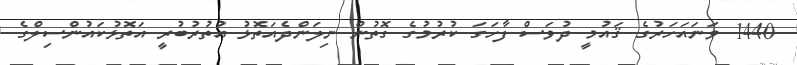
1440 ވަނައަހަރުގެ ޤައުމީ ދުވަސް ފާހަގަ ކުރުމުގެ ގޮތުން ނިލަންދެއަތޮޅު އުތުރުބުރީ އަތޮޅުކައުންސިލްގެ